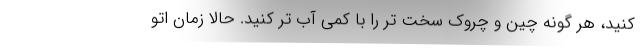
کنید، هر گونه چین و چروک سخت تر را با کمی آب تر کنید. حالا زمان اتو